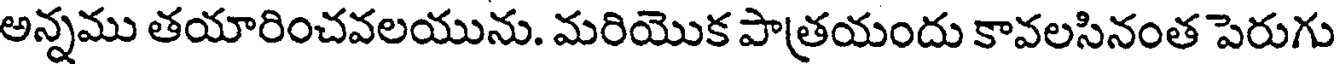
అన్నము తయారించవలయును. మరియొక పాత్రయందు కావలసినంత పెరుగు